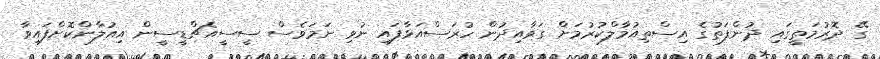
ގޭ ދޮރުމަތީގައި ދުންފަތުގެ އިސްތިއުމާލްކުރުމަށް ގަވާއިދުން ހުރަސްއަޅާފައި ނުވި ނަމަވެސް ސީސީއެޗްޑީސީން އިއުލާންކޮށްފައިވާ